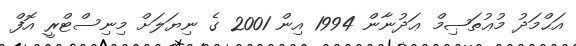
އަޙްމަދު މުޢުތަޞިމް ޢަދުނާން 1994 އިން 2001 ގެ ނިޔަލަށް މިނިސްޓްރީ އޮފް